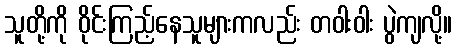
သူတို့ကို ဝိုင်းကြည့်နေသူများကလည်း တဝါးဝါး ပွဲကျလို့။